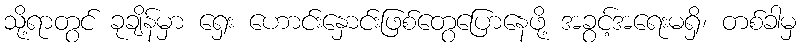
သို့ရာတွင် ခုချိန်မှာ ရှေး ဟောင်းနှောင်းဖြစ်တွေပြောနေဖို့ အခွင့်အရေးမရှိ၊ တစ်ခါမှ